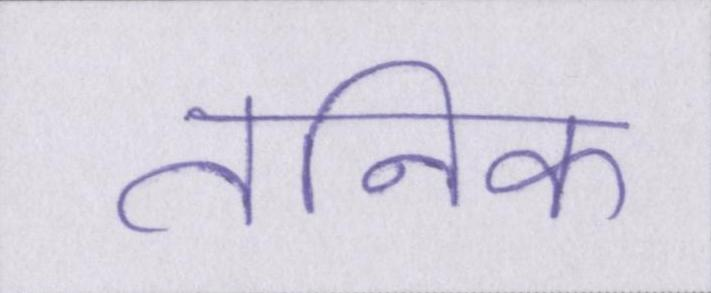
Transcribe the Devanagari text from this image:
तनिक